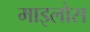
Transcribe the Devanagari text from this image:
माइलोस